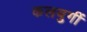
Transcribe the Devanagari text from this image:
कलयुगीं